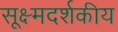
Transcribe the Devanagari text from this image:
सूक्ष्मदर्शकीय